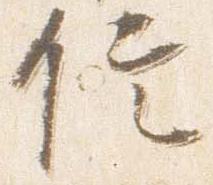
信